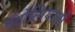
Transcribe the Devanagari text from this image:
पेंटोलियानो